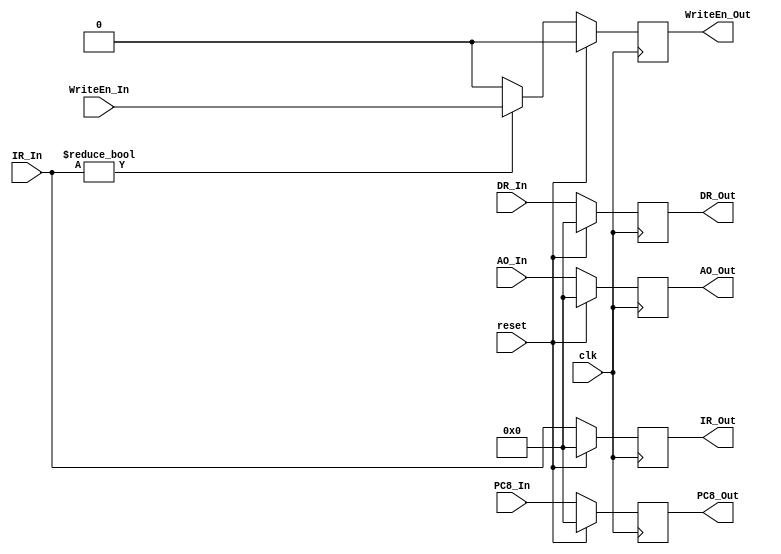
`timescale 1ns / 1ps

module MEM_WB(
    input clk,
    input reset,
    input [31:0] IR_In,
    input [31:0] PC8_In,
    input [31:0] AO_In,
    input [31:0] DR_In,
    input WriteEn_In,
    output [31:0] IR_Out,
    output [31:0] PC8_Out,
    output [31:0] AO_Out,
    output [31:0] DR_Out,
    output WriteEn_Out
    );
    

    reg [31:0] W_IR;
    reg [31:0] W_PC8;
    reg [31:0] W_AO;
    reg [31:0] W_DR;
    reg W_WriteEn;

    assign IR_Out = W_IR;
    assign PC8_Out = W_PC8;
    assign AO_Out = W_AO;
    assign DR_Out = W_DR;
    assign WriteEn_Out = W_WriteEn;

    initial begin
    	W_IR = 0;
    	W_PC8 = 0;
    	W_AO = 0;
    	W_DR = 0;
        W_WriteEn = 0;
    end

    always @(posedge clk) begin
        if(reset)begin
            W_IR <= 0;
    	    W_PC8 <= 0;
    	    W_AO <= 0;
    	    W_DR <= 0;
            W_WriteEn <= 0;
        end
        else begin
    	    W_IR <= IR_In;
    	    W_PC8 <= PC8_In;
    	    W_AO <= AO_In;
    	    W_DR <= DR_In;
		    if(IR_In != 32'b0)
			    W_WriteEn <= WriteEn_In;
		    else
			    W_WriteEn <= 0;
        end
    end

endmodule